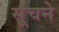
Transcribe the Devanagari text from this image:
सूचने